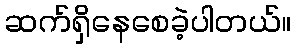
ဆက်ရှိနေစေခဲ့ပါတယ်။